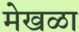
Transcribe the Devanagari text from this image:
मेखळा